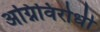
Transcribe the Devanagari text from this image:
अग्निविरोधी